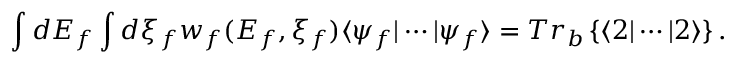
\int d E _ { f } \int d \xi _ { f } w _ { f } ( E _ { f } , \xi _ { f } ) \langle \psi _ { f } | \cdots | \psi _ { f } \rangle = T r _ { b } \left\{ \langle 2 | \cdots | 2 \rangle \right\} .